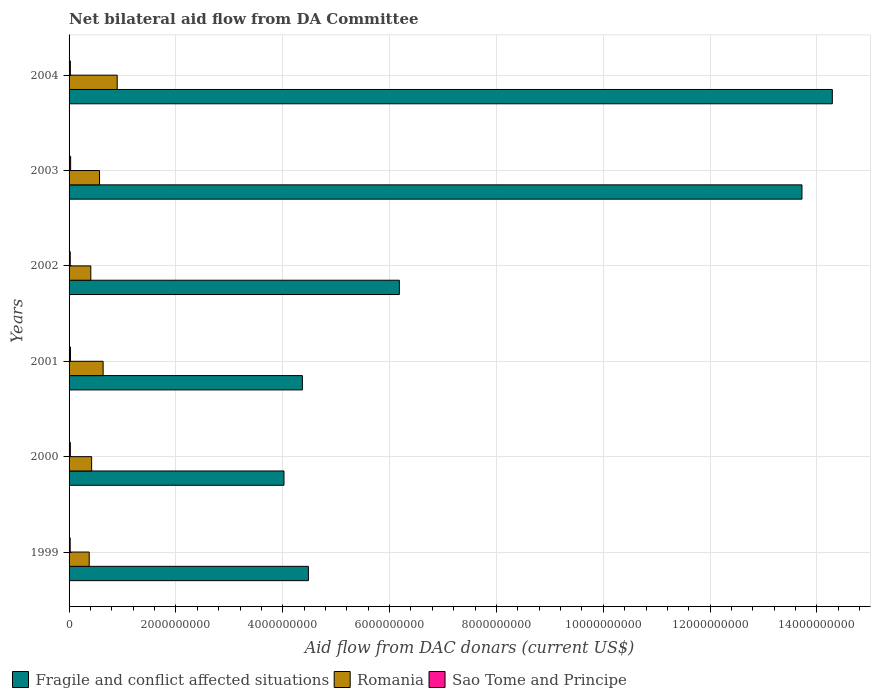
| Years | Fragile and conflict affected situations | Romania | Sao Tome and Principe |
 | --- | --- | --- | --- |
 | 1999 | 4.48e+09 | 3.77e+08 | 2.09e+07 |
 | 2000 | 4.02e+09 | 4.22e+08 | 2.37e+07 |
 | 2001 | 4.37e+09 | 6.37e+08 | 2.69e+07 |
 | 2002 | 6.18e+09 | 4.07e+08 | 2.16e+07 |
 | 2003 | 1.37e+10 | 5.7e+08 | 2.93e+07 |
 | 2004 | 1.43e+10 | 9.01e+08 | 2.42e+07 |